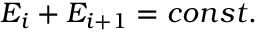
E _ { i } + E _ { i + 1 } = c o n s t .